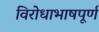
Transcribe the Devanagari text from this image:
विरोधाभाषपूर्ण